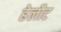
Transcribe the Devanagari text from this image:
हेलौट